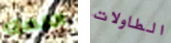
الغسق الطاولات